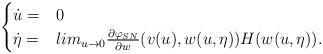
LaTeX: \begin{align*}\begin{cases}\dot u =& 0 \\\dot \eta =& lim_{u \rightarrow 0} \frac{\partial \varphi_{SN}}{\partial w}(v(u) , w (u , \eta) ) H( w (u , \eta)).\end{cases}\end{align*}